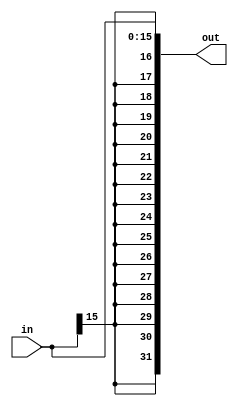
`timescale 1ns / 1ps
////////////////////////////////////////////////////////////////////////////////
// ECE369 - Computer Architecture
// 
// Module - SignExtension.v
// Description - Sign extension module.
////////////////////////////////////////////////////////////////////////////////
//Percentages
//Mason: 33%
//Alex: 33%
// Ali: 33%
module SignExtension(
    input  [15:0] in,  // 16-bit input data
    output [31:0] out  // 32-bit output data
);
    assign out = {{16{in[15]}}, in};
endmodule